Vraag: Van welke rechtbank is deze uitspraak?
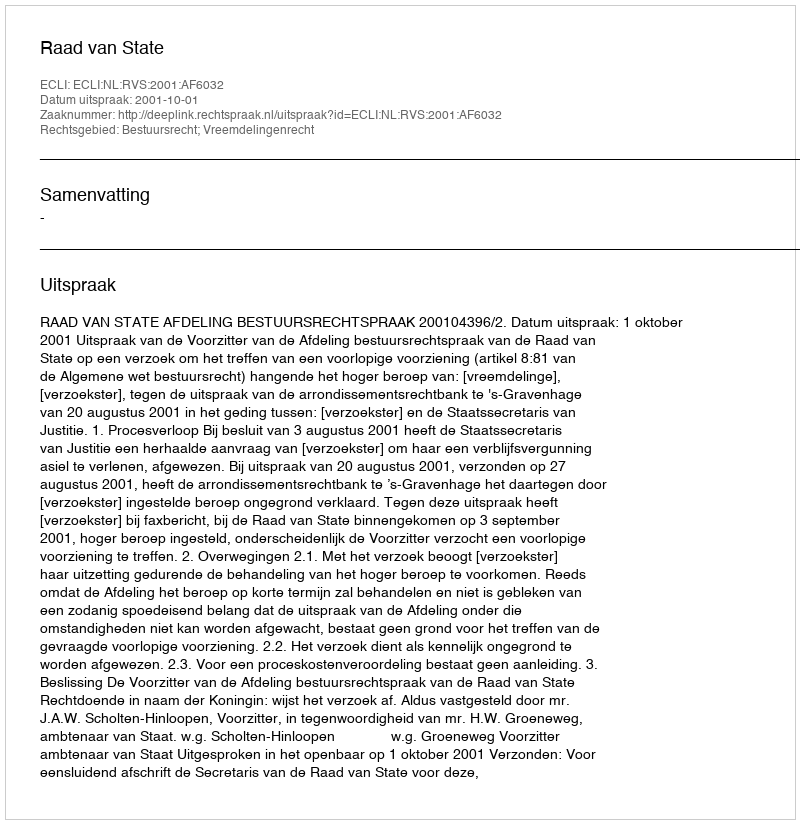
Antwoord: Raad van State